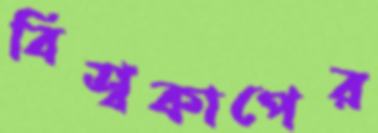
বিশ্বকাপের